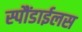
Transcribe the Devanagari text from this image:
स्पौंडाईलस